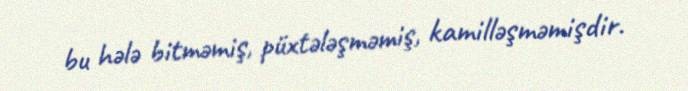
bu hələ bitməmiş, püxtələşməmiş, kamilləşməmişdir.